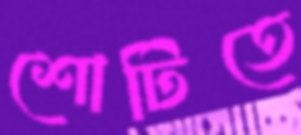
শোটিতে